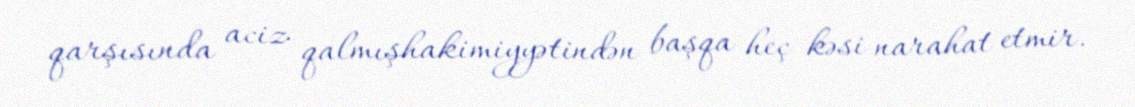
qarşısında aciz qalmışhakimiyyətindən başqa heç kəsi narahat etmir.